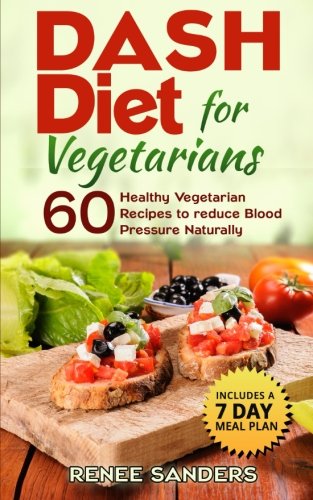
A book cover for DASH Diet for Vegetarians: 60 Healthy Vegetarian Recipes to reduce Blood Pressure Naturally (DASH Diet Cookbooks) (Volume 1); Renee Sanders; Cookbooks, Food & Wine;